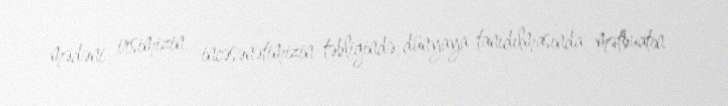
mədəni irsimizin, incəsənətimizin təbliğində, dünyaya tanıdılmasında mətbuatın